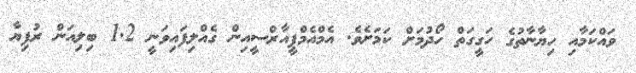
ވައްކަމާއި ހިޔާނާތުގެ ހަގީގަތް ހޯދުމަށް ކަމަށެވެ. އެމްއެމްޕީއާރްސީއިން ގެއްލިފައިވަނީ 1.2 ބިލިއަން ރުފިޔާ